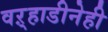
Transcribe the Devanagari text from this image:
वऱ्हाडीनेही